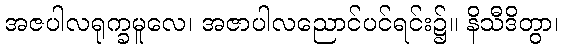
အဇပါလရုက္ခမူလေ၊ အဇာပါလညောင်ပင်ရင်း၌။ နိသီဒိတွာ၊